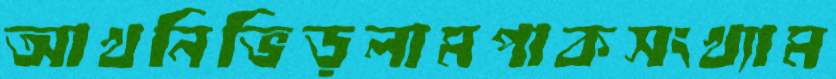
আখনিভিড়লামপাকসংখ্যাম